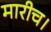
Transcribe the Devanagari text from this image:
मारीच।